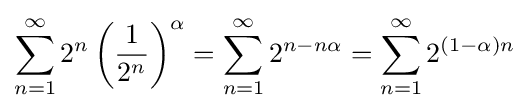
\sum _{n=1}^{\infty }2^{n}\left({\frac {1}{2^{n}}}\right)^{\alpha }=\sum _{n=1}^{\infty }2^{n-n\alpha }=\sum _{n=1}^{\infty }2^{(1-\alpha )n}